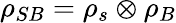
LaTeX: \rho_{SB}=\rho_{s}\otimes\rho_{B}